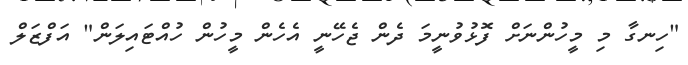
"ހިނގާ މި މީހުންނަށް ފޮޅުވުނީމަ ދެން ޖެހޭނީ އެހެން މީހުން ހުއްޓައިލަން" އަފްޒަލް